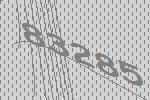
83285